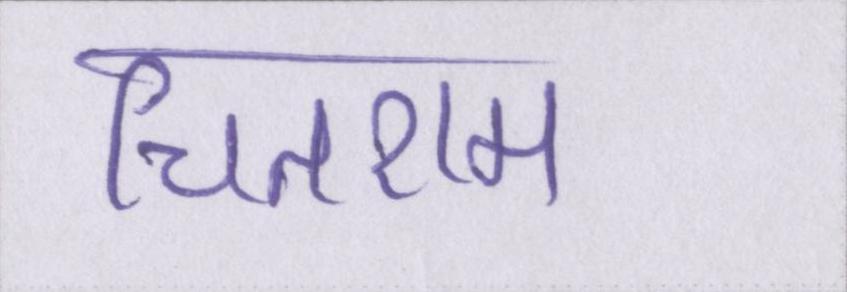
चितराम